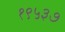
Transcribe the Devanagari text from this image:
१९५३७